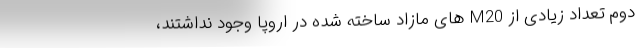
دوم تعداد زیادی از M20 های مازاد ساخته شده در اروپا وجود نداشتند،